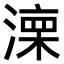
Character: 𣼆